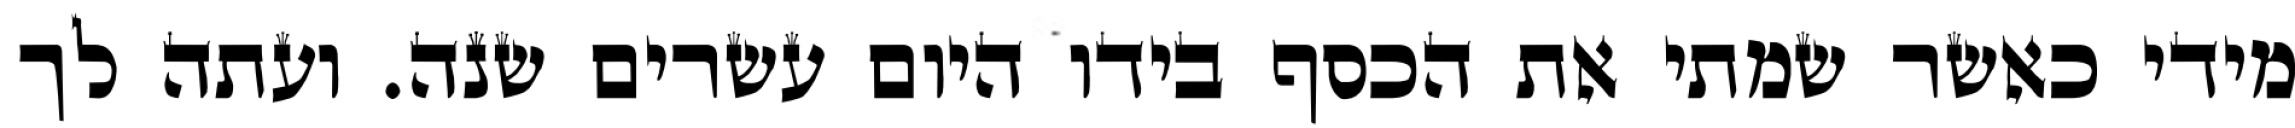
מידי כאשר שמתי את הכסף בידו היום עשרים שנה. ועתה לך